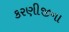
કરણીજીના